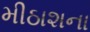
મીઠાશના